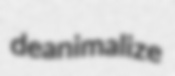
deanimalize